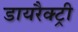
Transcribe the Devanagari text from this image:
डायरैक्ट्री